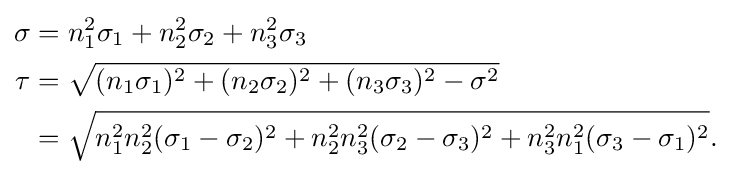
{\begin{aligned}\sigma &=n_{1}^{2}\sigma _{1}+n_{2}^{2}\sigma _{2}+n_{3}^{2}\sigma _{3}\\\tau &={\sqrt {(n_{1}\sigma _{1})^{2}+(n_{2}\sigma _{2})^{2}+(n_{3}\sigma _{3})^{2}-\sigma ^{2}}}\\&={\sqrt {n_{1}^{2}n_{2}^{2}(\sigma _{1}-\sigma _{2})^{2}+n_{2}^{2}n_{3}^{2}(\sigma _{2}-\sigma _{3})^{2}+n_{3}^{2}n_{1}^{2}(\sigma _{3}-\sigma _{1})^{2}}}.\end{aligned}}